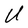
Character: U